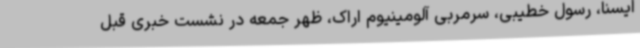
ایسنا، رسول خطیبی، سرمربی آلومینیوم اراک، ظهر جمعه در نشست خبری قبل